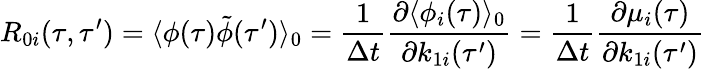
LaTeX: R_{0i}(\tau,\tau^{\prime})=\langle\phi(\tau)\tilde{\phi}(\tau^{\prime})\rangle_{0}=\frac{1}{\Delta t}\frac{\partial\langle\phi_{i}(\tau)\rangle_{0}}{\partial k_{1i}{(\tau^{\prime})}}=\frac{1}{\Delta t}\frac{\partial\mu_{i}(\tau)}{\partial k_{1i}(\tau^{\prime})}